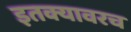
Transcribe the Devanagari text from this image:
इतक्यावरच